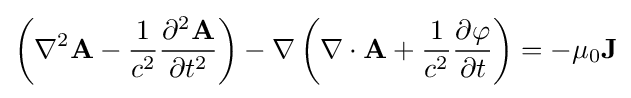
\left(\nabla ^{2}\mathbf {A} -{\frac {1}{c^{2}}}{\frac {\partial ^{2}\mathbf {A} }{\partial t^{2}}}\right)-\mathbf {\nabla } \left(\mathbf {\nabla } \cdot \mathbf {A} +{\frac {1}{c^{2}}}{\frac {\partial \varphi }{\partial t}}\right)=-\mu _{0}\mathbf {J}